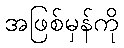
အဖြစ်မှန်ကို